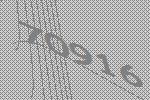
70916